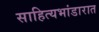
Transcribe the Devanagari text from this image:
साहित्यभांडारात